Scottish Leaving Certificate Examination, 1960
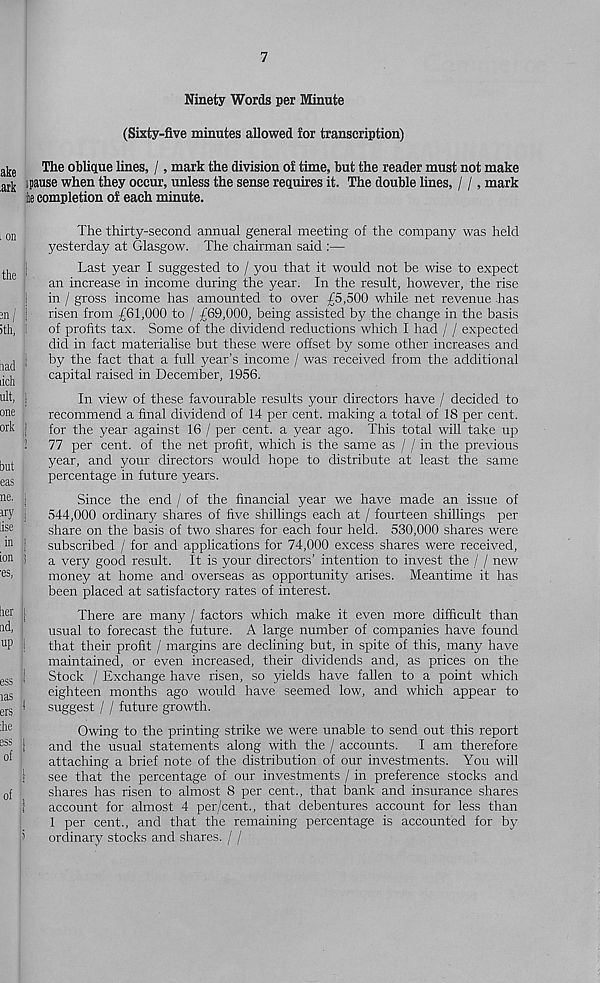
7
Ninety Words per Minute
(Sixty-five minutes allowed for transcription)
a ]j e
The oblique lines, /, mark the division of time, but the reader must not make
jjjj i pause when they occur, unless the sense requires it. The double lines, / /, mark
ie completion of each minute.
i on
the :
- n / i
ith, 1
had ;
dch
ult,
one
orh |
j
but
eas
ne. i
ary [
lise
in |
ion j
■ es,
her i
nd,
up 1
ess <
die
ess }
of
it
»
The thirty-second annual general meeting of the company was held
yesterday at Glasgow. The chairman said :—
Last year I suggested to / you that it would not be wise to expect
an increase in income during the year. In the result, however, the rise
in / gross income has amounted to over £5,500 while net revenue has
risen from £61,000 to / £69,000, being assisted by the change in the basis
of profits tax. Some of the dividend reductions which I had / / expected
did in fact materiahse but these were offset by some other increases and
by the fact that a full year’s income / was received from the additional
capital raised in December, 1956.
In view of these favourable results your directors have / decided to
recommend a final dividend of 14 per cent, making a total of 18 per cent,
for the year against 16 / per cent, a year ago. This total will take up
77 per cent, of the net profit, which is the same as / / in the previous
year, and your directors would hope to distribute at least the same
percentage in future years.
Since the end / of the financial year we have made an issue of
544,000 ordinary shares of five shillings each at / fourteen shillings per
share on the basis of two shares for each four held. 530,000 shares were
subscribed / for and applications for 74,000 excess shares were received,
a very good result. It is your directors’ intention to invest the / / new
money at home and overseas as opportunity arises. Meantime it has
been placed at satisfactory rates of interest.
There are many / factors which make it even more difficult than
usual to forecast the future. A large number of companies have found
that their profit / margins are declining but, in spite of this, many have
maintained, or even increased, their dividends and, as prices on the
Stock / Exchange have risen, so yields have fallen to a point which
eighteen months ago would have seemed low, and which appear to
suggest / / future growth.
Owing to the printing strike we were unable to send out this report
and the usual statements along with the / accounts. I am therefore
attaching a brief note of the distribution of our investments. You will
see that the percentage of our investments / in preference stocks and
shares has risen to almost 8 per cent., that bank and insurance shares
account for almost 4 per/cent., that debentures account for less than
1 per cent., and that the remaining percentage is accounted for by
ordinary stocks and shares. / /